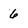
Character: 6